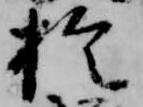
於